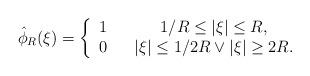
LaTeX: \begin{align*}\hat{\phi}_R(\xi) = \left\{\begin{array}{clc}1 && 1/R \leq |\xi| \leq R, \\0 && |\xi| \leq 1/2R \vee |\xi|\geq 2R.\end{array}\right.\end{align*}